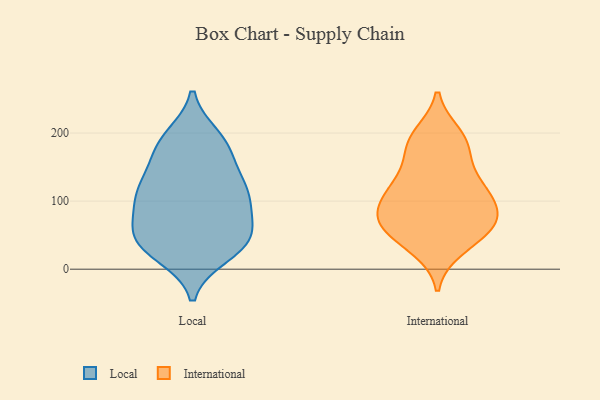
{"axis": {"x": "Humidity (%)", "y": "Value"}, "legend": ["International", "Local"], "data": [{"x": "", "y": 127, "type": "Local"}, {"x": "", "y": 42, "type": "Local"}, {"x": "", "y": 22, "type": "Local"}, {"x": "", "y": 133, "type": "Local"}, {"x": "", "y": 105, "type": "Local"}, {"x": "", "y": 45, "type": "Local"}, {"x": "", "y": 177, "type": "Local"}, {"x": "", "y": 193, "type": "Local"}, {"x": "", "y": 57, "type": "Local"}, {"x": "", "y": 29, "type": "Local"}, {"x": "", "y": 82, "type": "Local"}, {"x": "", "y": 112, "type": "Local"}, {"x": "", "y": 101, "type": "Local"}, {"x": "", "y": 114, "type": "Local"}, {"x": "", "y": 54, "type": "Local"}, {"x": "", "y": 38, "type": "Local"}, {"x": "", "y": 186, "type": "Local"}, {"x": "", "y": 175, "type": "Local"}, {"x": "", "y": 57, "type": "International"}, {"x": "", "y": 34, "type": "International"}, {"x": "", "y": 58, "type": "International"}, {"x": "", "y": 162, "type": "International"}, {"x": "", "y": 181, "type": "International"}, {"x": "", "y": 67, "type": "International"}, {"x": "", "y": 178, "type": "International"}, {"x": "", "y": 68, "type": "International"}, {"x": "", "y": 81, "type": "International"}, {"x": "", "y": 124, "type": "International"}, {"x": "", "y": 125, "type": "International"}, {"x": "", "y": 118, "type": "International"}, {"x": "", "y": 30, "type": "International"}, {"x": "", "y": 83, "type": "International"}, {"x": "", "y": 88, "type": "International"}, {"x": "", "y": 197, "type": "International"}, {"x": "", "y": 198, "type": "International"}, {"x": "", "y": 69, "type": "International"}, {"x": "", "y": 114, "type": "International"}, {"x": "", "y": 113, "type": "International"}]}